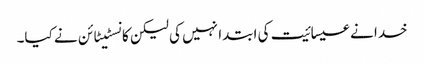
خدا نے عیسائیت کی ابتدا نہیں کی لیکن کانسٹیٹائن نے کیا۔